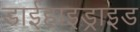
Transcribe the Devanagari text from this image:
डाईहाइड्राइड